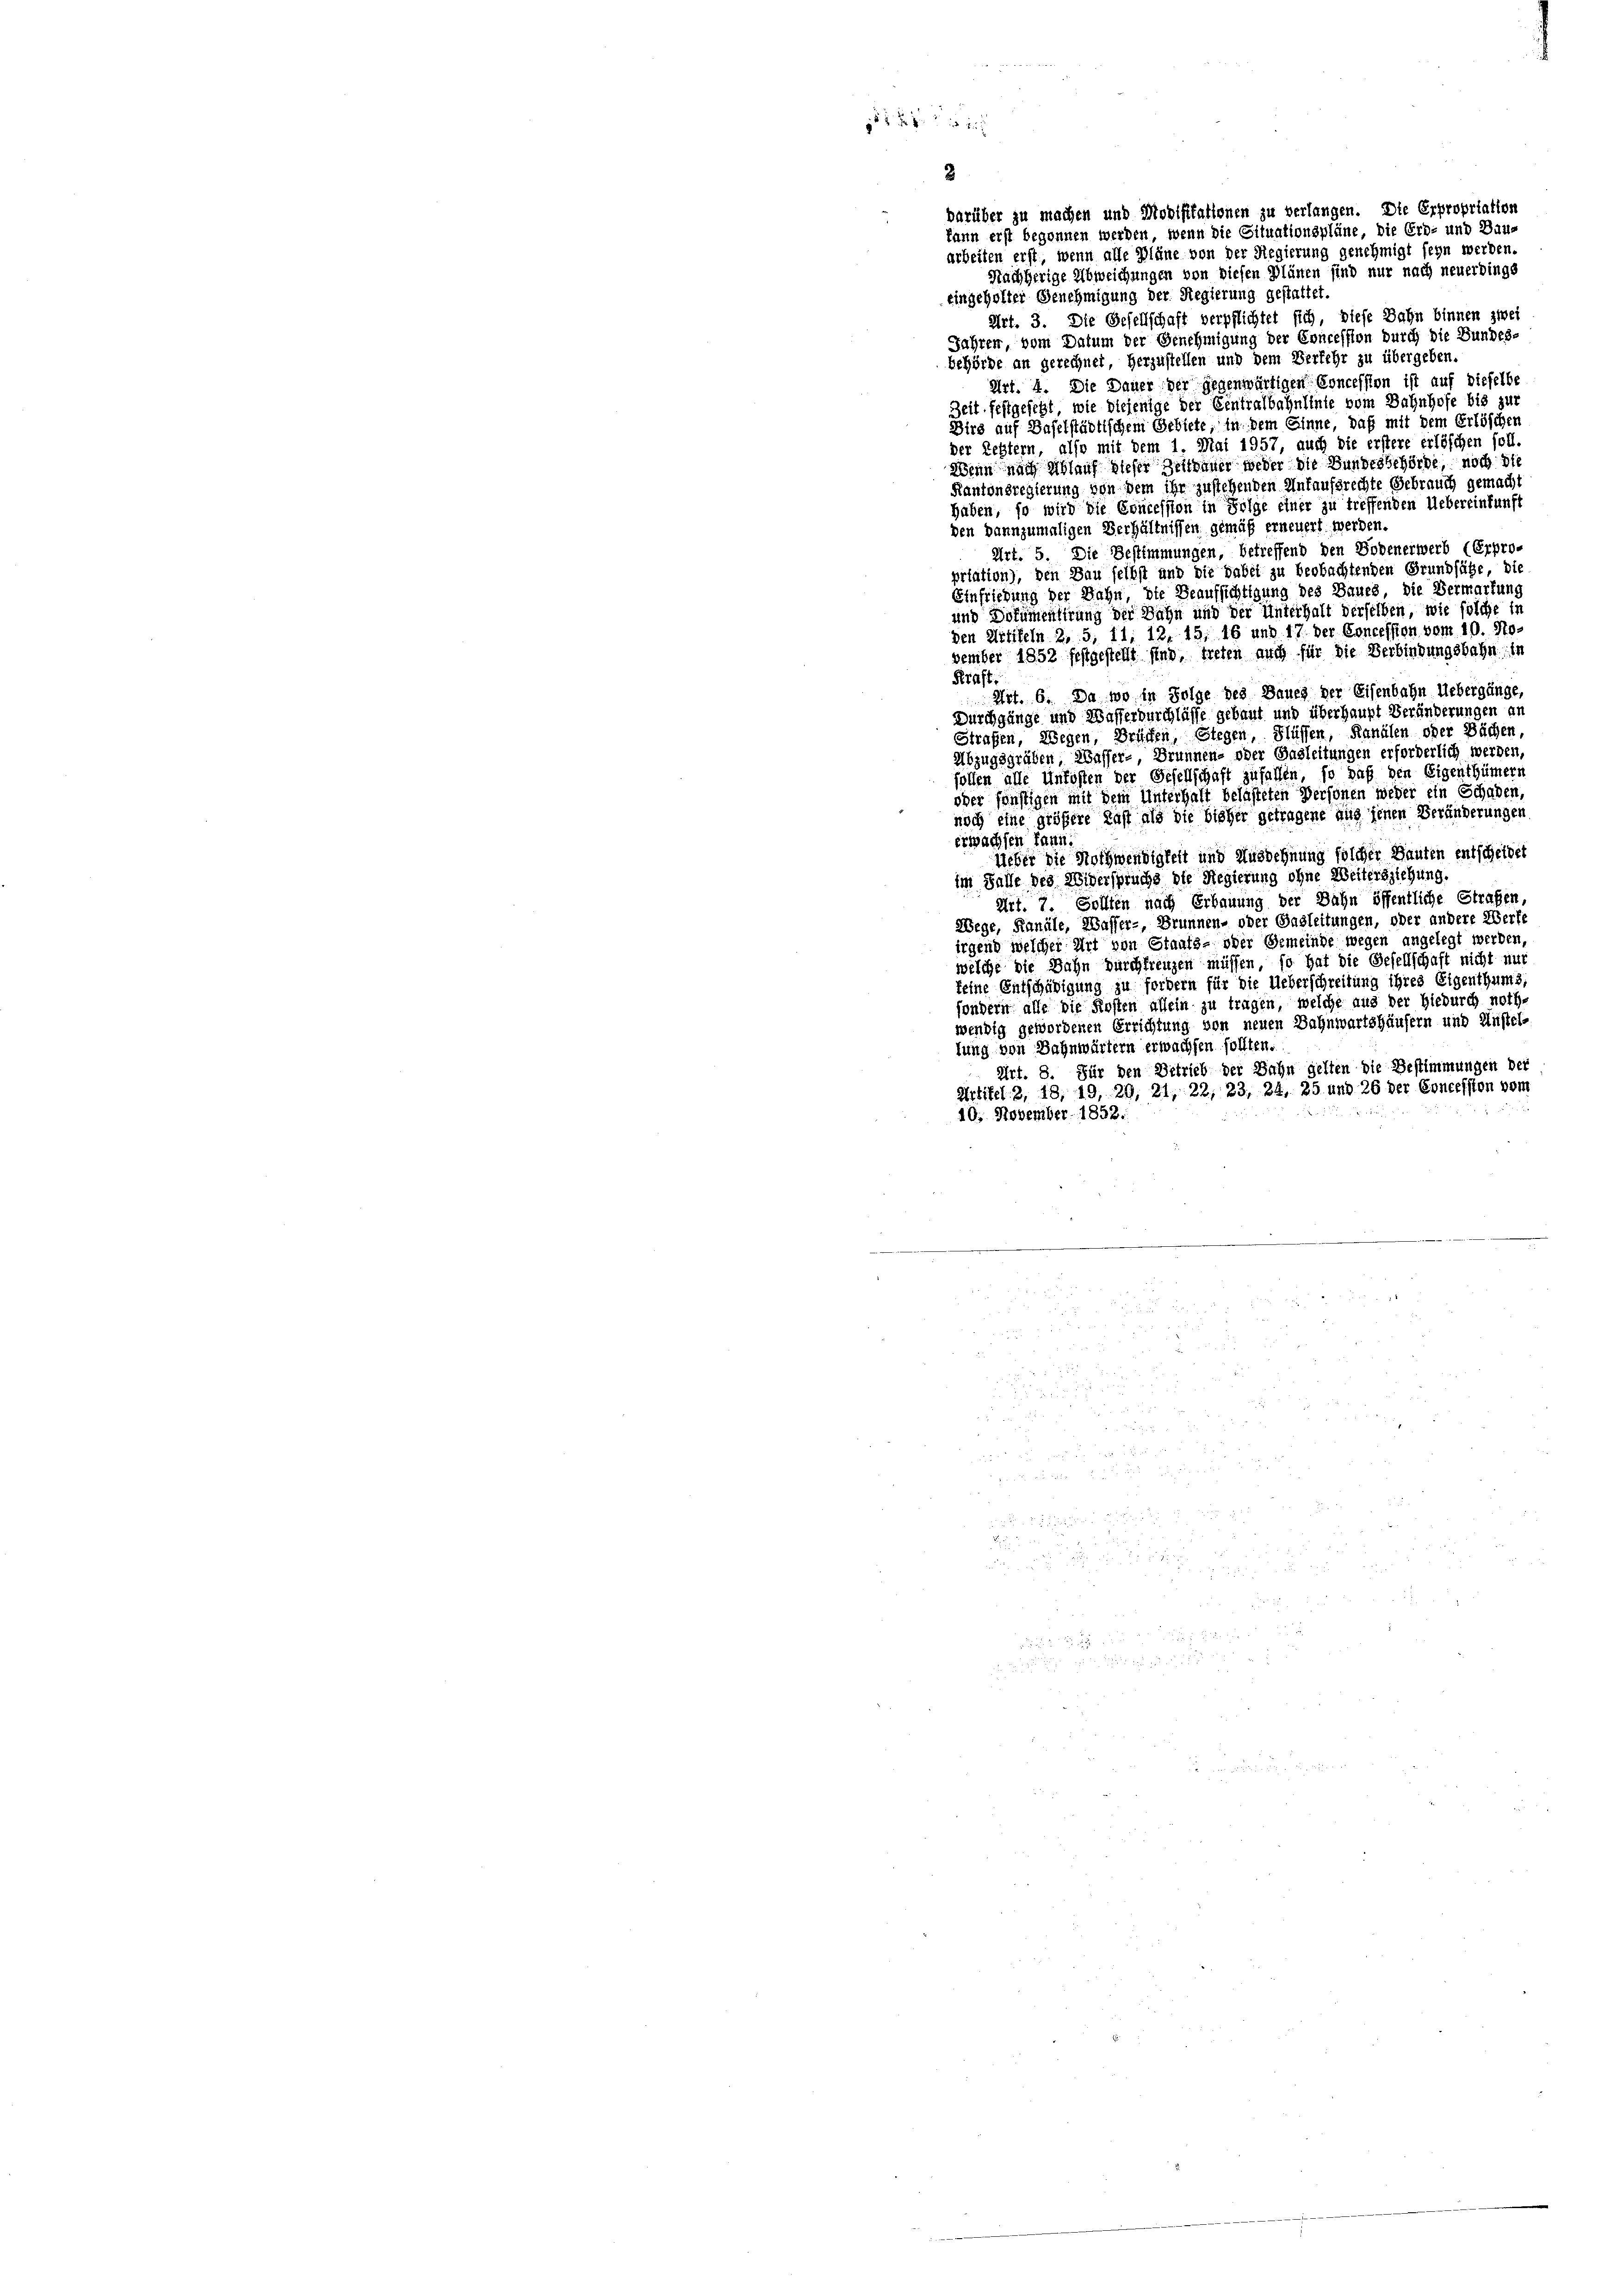
22

barüber zu machen und Modifikationen zu verlangen. Die Erpropriation
kann erst begonnen werden, wenn die Situationspläne, die Erd- und Dauarbeiten erst, wenn alle Pläne von der Regierung genehmigt seyn werden.
Nachherige Abweichungen von diesen Plänen sind nur nach neuerdings
eingeholter Genehmigung der Regierung gestattet.
Art. 3. Die Gesellschaft verpflichtet sich, diese Bahn binnen zwei
Jahren, vom Datum der Genehmigung der Concession durch die Bundes-
behörde an gerechnet, herzustellen und dem Verfehr zu übergeben.
Art. 4. Die Dauer der gegenwärtigen Concession ist auf dieselbe
Zeit festgesetzt, wie diejenige der Eintralbahnstate vom Bahnhofe bis zur
Dirs auf Baselstädtischem Gebiete, in dem Einne, daß mit dem Erlöschen
der Restern, also mit dem 1. Mai 1957, auch die erstere erlöschen soll,
Wenn nach Ablauf dieser Zeitdauer weder die Bundesbehörde, noch die
Kantonsregierung von dem ihr zustehenden Untaufsrechte Gebrauch gemacht
haben, so wird die Concession in Folge einer zu treffenden Uebereinkunft
den kannzumaligen Verhältnissen gemäß erneuert werden.
Art. 5. Die Bestimmungen, betreffend den Bodenerwerb (Erpropriation), den Bau seihst und die habet zu beobachtenden Grundsätze, die
Einfriedung der Bahn, die Beaufsichtigung des Baues, die Vermarkung
und Dokumentirung der Bahn und der Unterhalt derselben, wie solche in
den Artikeln 2, 5, 11, 12, 15, 16 und 17 der Concession vom 10. Jo-
vember 1852 festgestellt sind, treten auch für die Verbindungsbahn in
Kraft.
Art. 6. Da wo in Folge des Baueg der Eisenbahn Uebergänge,
Durchgänge und Wasserdurchlüsse gebaut und überhaupt Veränderungen an
Strafen, Wegen, Brücken, Stegen, Flüssen, Kanälen oder Bächen,
Abzugsgräben, Wasser-, Brunnen- oder Basleitungen erforderlich werden,
sollen alle Unfohlen der Gesellschaft zufallen, so daß den Eigenthümern
oder sonstigen mit dem Unterhalt belasteten Personen weder ein Schaden,
noch eine größere Last als die bisher getragene und jenen Veränderungen
erwachsen kann.
Ueber die Nothwendigkeit und Ausdehnung solcher Bauten entscheidet
im Falle des Widerspruche die Regierung ohne Weitersziehung.
Art. 7. Sollten nach Erbauung der Dähn öffentliche Straßen,
Wege, Kanäle, Wasser-, Brunnen- oder Gagleitungen, oder andere Werfe
irgend welcher Art von Staats- oder Gemeinde wegen angelegt werden
welche die Bahn durchfreuzen müssen, so hat die Gesellschaft nicht nur
keine Entschädigung zu fordern für die Ueberschreitung ihres Eigenthums
sondern alle die Kosten allein zu tragen, welche aus der hiedurch noth-
wendig gewordenen Errichtung von neuen Bahnwartshäusern und Ansteltung von Bahnwärtern erwachsen sollten.
Art. 8. Für den Ditrieb der Bahn gelten die Bestimmungen der
Artikel 2, 18, 19, 20, 21, 22, 23, 24. 25 und 26 der Concession vom
10. November 1858.